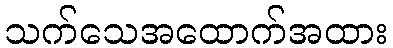
သက်သေအထောက်အထား